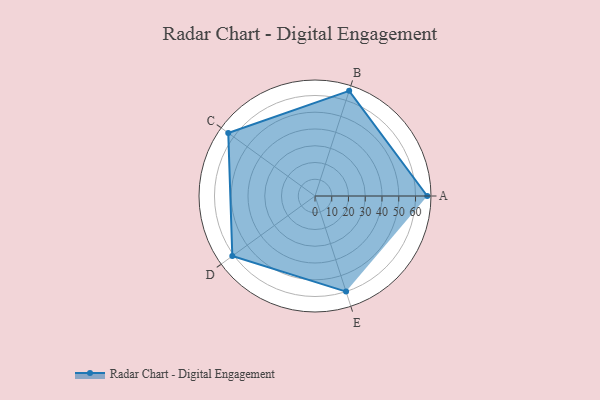
{"axis": {"x": "Skill", "y": "Score"}, "legend": ["Profile"], "data": [{"x": "A", "y": 67.0, "type": "Profile"}, {"x": "B", "y": 66.0, "type": "Profile"}, {"x": "C", "y": 64.0, "type": "Profile"}, {"x": "D", "y": 61.0, "type": "Profile"}, {"x": "E", "y": 60.0, "type": "Profile"}]}